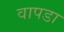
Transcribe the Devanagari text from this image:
वापडा